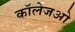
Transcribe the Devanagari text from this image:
कॉलेजओ